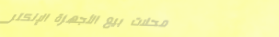
محلات بيع الأجهزة الإلكتر